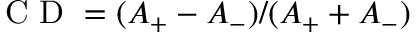
\mathrm { ~ C ~ D ~ } = ( A _ { + } - A _ { - } ) / ( A _ { + } + A _ { - } )